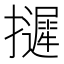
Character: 𢹌